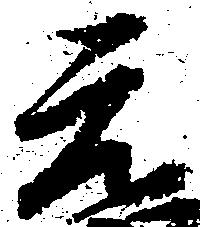
元